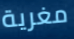
مغرية